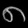
Digit: ၈